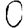
Digit: 0